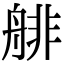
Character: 𦩋